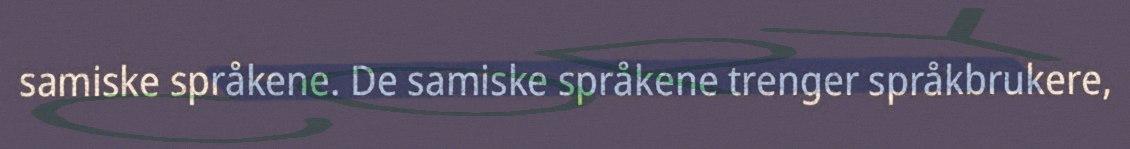
samiske språkene. De samiske språkene trenger språkbrukere,